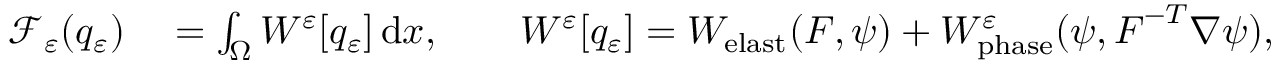
\begin{array} { r l } { \mathscr { F } _ { \varepsilon } ( q _ { \varepsilon } ) } & { { } = \int _ { \Omega } W ^ { \varepsilon } [ q _ { \varepsilon } ] \, \mathrm { d } x , \qquad W ^ { \varepsilon } [ q _ { \varepsilon } ] = W _ { \mathrm { e l a s t } } ( \boldsymbol { F } , \psi ) + W _ { \mathrm { p h a s e } } ^ { \varepsilon } ( \psi , \boldsymbol { F } ^ { - T } \nabla \psi ) , } \end{array}